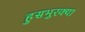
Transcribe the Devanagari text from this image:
हुसभुरक्या